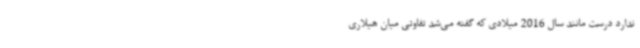
ندارد درست مانند سال 2016 میلادی که گفته می‌شد تفاوتی میان هیلاری